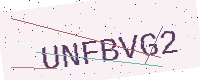
Text: UNFBVG2